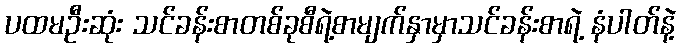
ပထမဦးဆုံး သင်ခန်းစာတစ်ခုစီရဲ့စာမျက်နှာမှာသင်ခန်းစာရဲ့ နံပါတ်နဲ့